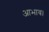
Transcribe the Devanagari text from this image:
आभाव।